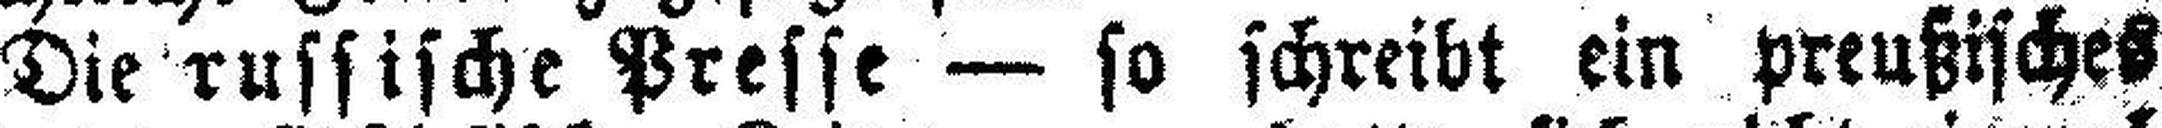
Die russische Presse — so schreibt ein preußisches